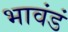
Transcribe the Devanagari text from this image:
भावंडं